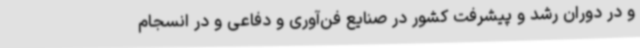
و در دوران رشد و پیشرفت کشور در صنایع فن‌آوری و دفاعی و در انسجام